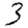
Digit: 3